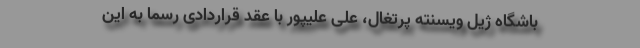
باشگاه ژیل ویسنته پرتغال، علی علیپور با عقد قراردادی رسما به این